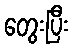
တွေးပြီး